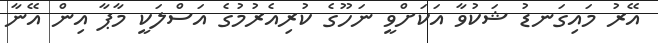
އޭރު މައިގަނޑު ޝަކުވާ އަކަށްވީ ނަހޫގެ ކުރިއެރުމުގެ އަސްލަކީ މާޕާ އިން އޭނާ